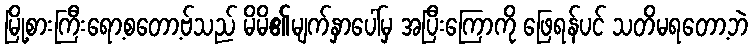
မြို့စားကြီးရော့စတော့ဗ်သည် မိမိ၏မျက်နှာပေါ်မှ အပြီးကြောကို ဖြေရန်ပင် သတိမရတော့ဘဲ